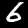
Digit: 6